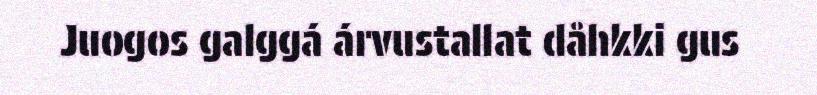
Juogos galggá árvustallat dåhkki gus